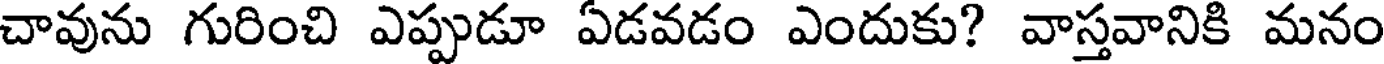
చావును గురించి ఎప్పుడూ ఏడవడం ఎందుకు? వాస్తవానికి మనం